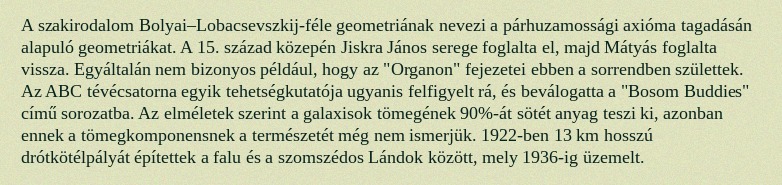
A szakirodalom Bolyai–Lobacsevszkij-féle geometriának nevezi a párhuzamossági axióma tagadásán alapuló geometriákat. A 15. század közepén Jiskra János serege foglalta el, majd Mátyás foglalta vissza. Egyáltalán nem bizonyos például, hogy az "Organon" fejezetei ebben a sorrendben születtek. Az ABC tévécsatorna egyik tehetségkutatója ugyanis felfigyelt rá, és beválogatta a "Bosom Buddies" című sorozatba. Az elméletek szerint a galaxisok tömegének 90%-át sötét anyag teszi ki, azonban ennek a tömegkomponensnek a természetét még nem ismerjük. 1922-ben 13 km hosszú drótkötélpályát építettek a falu és a szomszédos Lándok között, mely 1936-ig üzemelt.